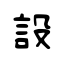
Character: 設